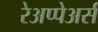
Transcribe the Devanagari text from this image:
रेअप्पेअर्स